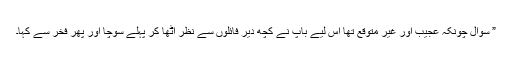
” سوال چونکہ عجیب اور غیر متوقع تھا اس لیے باپ نے کچھ دیر فائلوں سے نظر اٹھا کر پہلے سوچا اور پھر فخر سے کہا۔